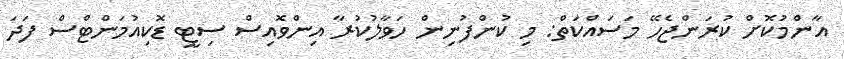
އާންމުކޮށް ކުރަންޖެހޭ މަސައްކަތް: މި ކުންފުނިން ހަވާލުކުރާ އިންވޮއިސް ސިޓީ ޑޮކިއުމަންޓްސް ފަދަ